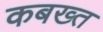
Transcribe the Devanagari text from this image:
कबख्त